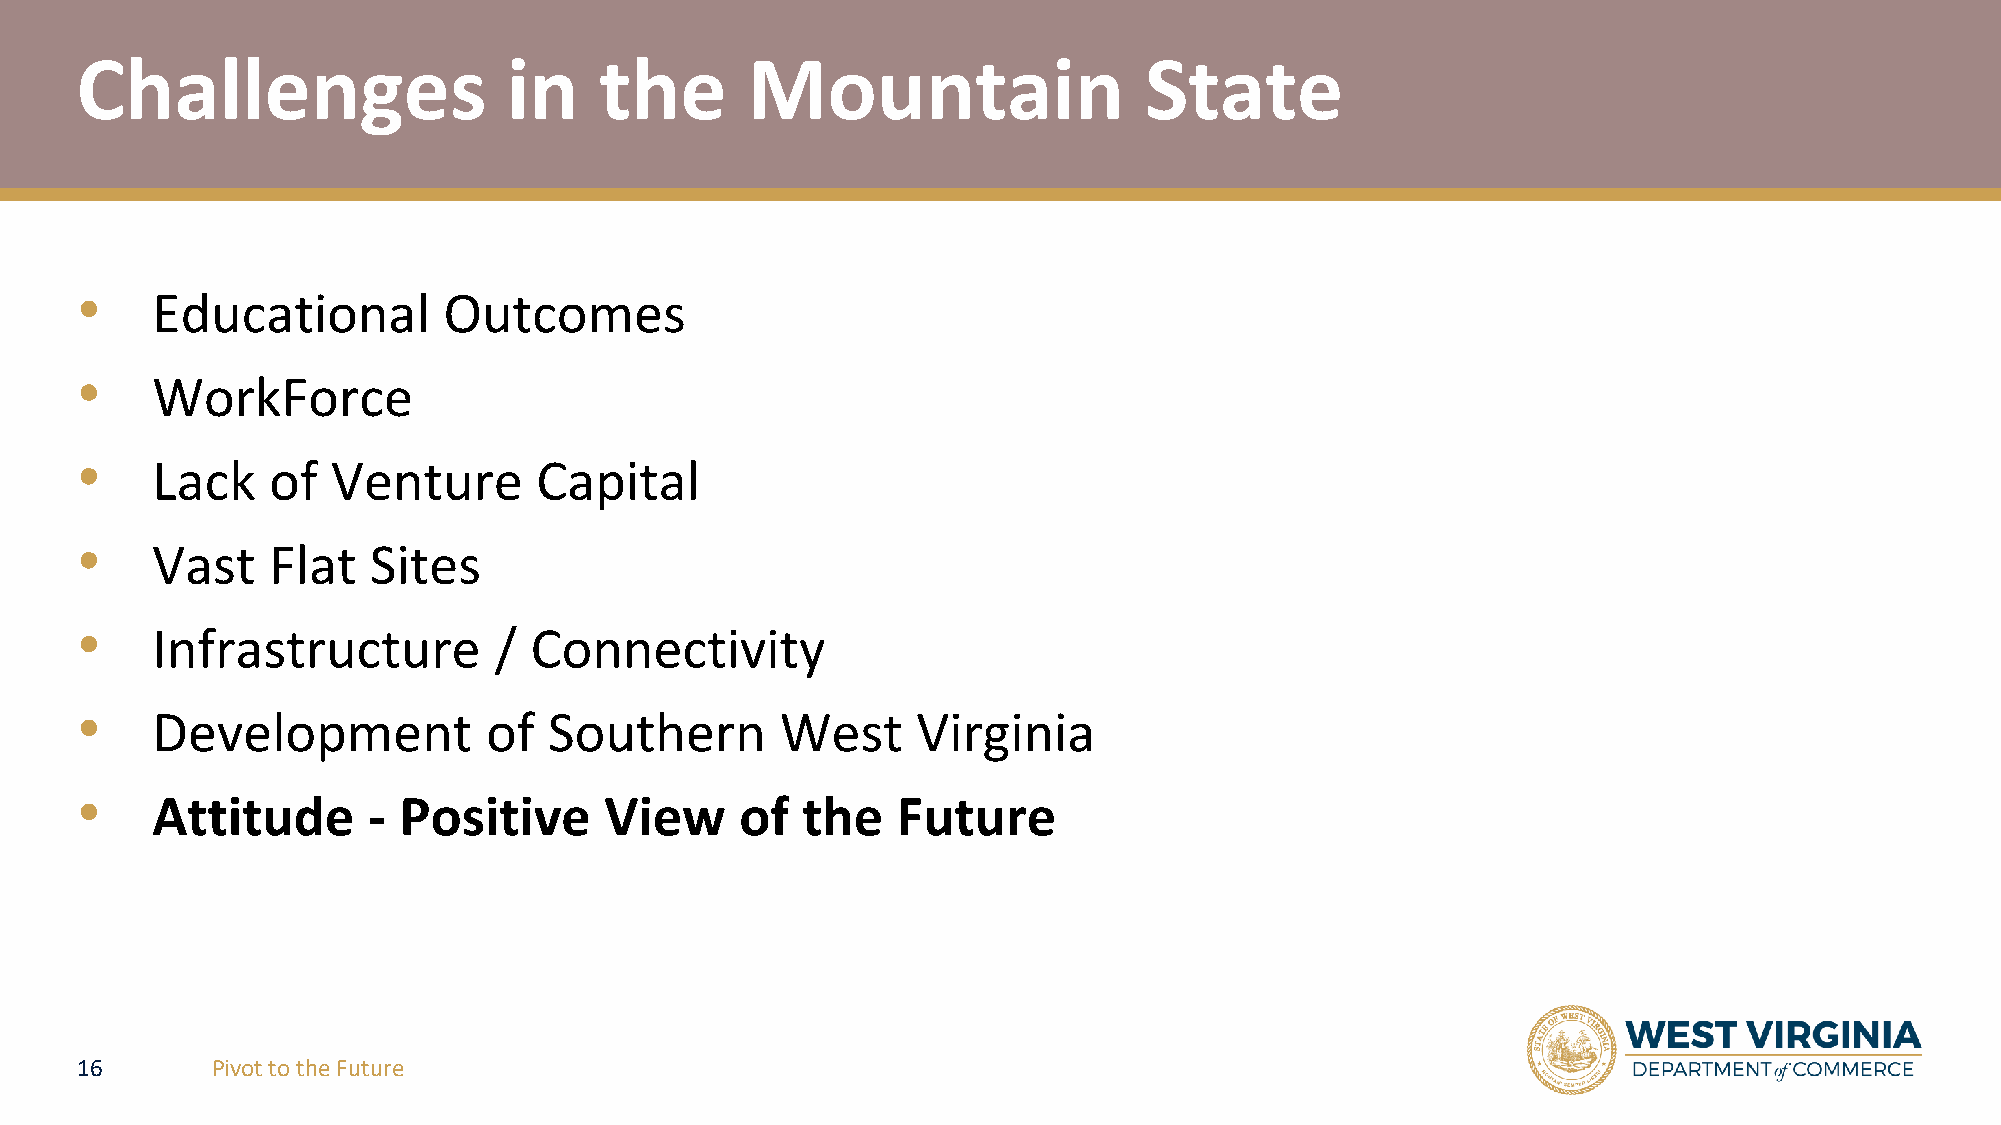
Challenges                   in    the      Mountain                   State
 •    Educational        Outcomes
 •    WorkForce
 •    Lack    of  Venture      Capital
 •    Vast    Flat  Sites
 •    Infrastructure         / Connectivity
 •    Development           of  Southern        West     Virginia
 •
 Attitude      - Positive      View     of  the   Future
 16       Pivot to the Future